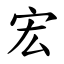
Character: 宏